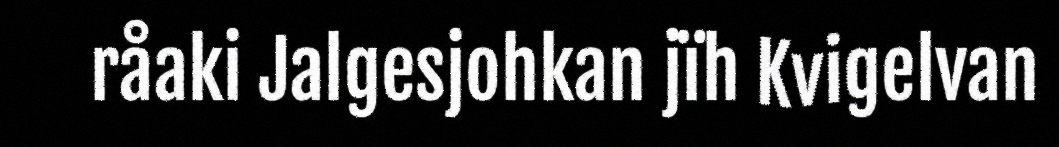
råaki Jalgesjohkan jïh Kvigelvan